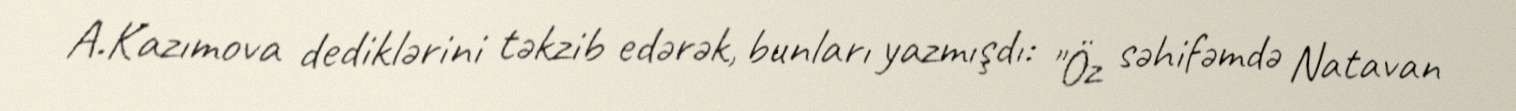
A.Kazımova dediklərini təkzib edərək, bunları yazmışdı: "Öz səhifəmdə Natavan